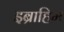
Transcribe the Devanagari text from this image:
इब्राहिम